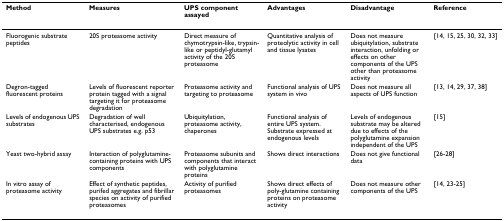
<table><thead><tr><td><b>Method</b></td><td><b>Measures</b></td><td><b>UPS component assayed</b></td><td><b>Advantages</b></td><td><b>Disadvantage</b></td><td><b>Reference</b></td></tr></thead><tbody><tr><td>Fluorogenic substrate peptides</td><td>20S proteasome activity</td><td>Direct measure of chymotrypsin-like, trypsin-like or peptidyl-glutamyl activity of the 20S proteasome</td><td>Quantitative analysis of proteolytic activity in cell and tissue lysates</td><td>Does not measure ubiquitylation, substrate interaction, unfolding or effects on other components of the UPS other than proteasome activity</td><td>[14, 15, 25, 30, 32, 33]</td></tr><tr><td>Degron-tagged fluorescent proteins</td><td>Levels of fluorescent reporter protein tagged with a signal targeting it for proteasome degradation</td><td>Proteasome activity and targeting to proteasome</td><td>Functional analysis of UPS system in vivo</td><td>Does not measure all aspects of UPS function</td><td>[13, 14, 29, 37, 38]</td></tr><tr><td>Levels of endogenous UPS substrates</td><td>Degradation of well characterised, endogenous UPS substrates e.g. p53</td><td>Ubiquitylation, proteasome activity, chaperones</td><td>Functional analysis of entire UPS system. Substrate expressed at endogenous levels</td><td>Levels of endogenous substrate may be altered due to effects of the polyglutamine expansion independent of the UPS</td><td>[15]</td></tr><tr><td>Yeast two-hybrid assay</td><td>Interaction of polyglutamine-containing proteins with UPS components</td><td>Proteasome subunits and components that interact with polyglutamine proteins</td><td>Shows direct interactions</td><td>Does not give functional data</td><td>[26-28]</td></tr><tr><td>In vitro assay of proteasome activity</td><td>Effect of synthetic peptides, purifed aggregates and fibrillar species on activity of purified proteasomes</td><td>Activity of purified proteasomes</td><td>Shows direct effects of poly-glutamine containing proteins on proteasome activity</td><td>Does not measure other components of the UPS</td><td>[14, 23-25]</td></tr></tbody></table>